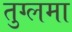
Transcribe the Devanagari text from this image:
तुग्लमा